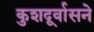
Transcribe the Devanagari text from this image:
कुशदूर्वासने